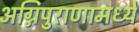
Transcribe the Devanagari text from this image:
अग्निपुराणामध्ये